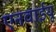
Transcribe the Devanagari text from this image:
एनवाईयू